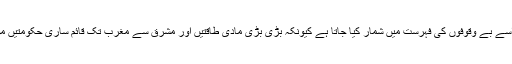
اگر کوئی موت پر شک وشبہ بھی کرے تو اسے بے وقوفوں کی فہرست میں شمار کیا جاتا ہے کیونکہ بڑی بڑی مادی طاقتیں اور مشرق سے مغرب تک قائم ساری حکومتیں موت کے سامنے عاجز وبے بس ہوجاتی ہیں۔